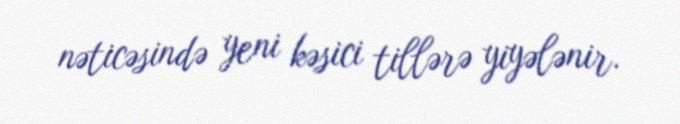
nəticəsində yeni kəsici tillərə yiyələnir.